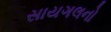
સાયગલનો